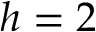
h = 2